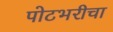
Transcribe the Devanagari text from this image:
पोटभरीचा